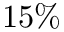
1 5 \%